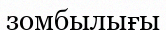
зомбылығы